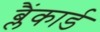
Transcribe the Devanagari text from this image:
ब्लैंकार्ड